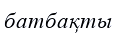
батбақты